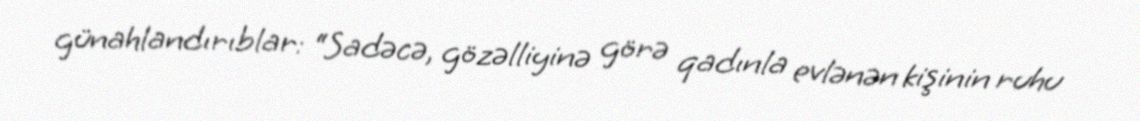
günahlandırıblar: “Sadəcə, gözəlliyinə görə qadınla evlənən kişinin ruhu